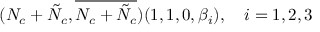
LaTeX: ( N _ { c } + \tilde { N } _ { c } , \overline { { { N _ { c } + \tilde { N } _ { c } } } } ) ( 1 , 1 , 0 , \beta _ { i } ) , \ \ \ i = 1 , 2 , 3